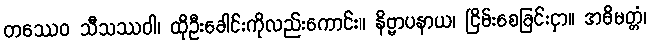
တဿေဝ သီသဿဝါ၊ ထိုဦးခေါင်းကိုလည်းကောင်း။ နိဗ္ဗာပနာယ၊ ငြိမ်းစေခြင်းငှာ။ အဓိမတ္တံ၊